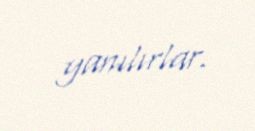
yanılırlar.